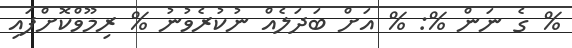
% ގެ ނަން %: % އަށް ބަދަލެއް ނުކުރެވުނު % ރިމޫވްކޮށްފައި